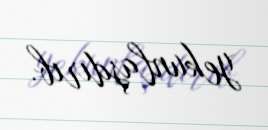
yekunlaşdırıb.